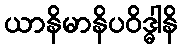
ယာနိမာနိပဝိဒ္ဓါနိ